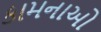
કામનાઓ